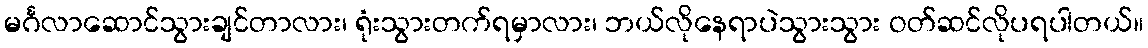
မင်္ဂလာဆောင်သွားချင်တာလား၊ ရုံးသွားတက်ရမှာလား၊ ဘယ်လိုနေရာပဲသွားသွား ဝတ်ဆင်လိုပရပါတယ်။